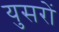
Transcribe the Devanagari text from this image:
युसरों